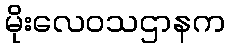
မိုးလေဝသဌာနက